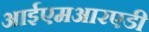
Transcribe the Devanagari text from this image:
आईएमआरएडी